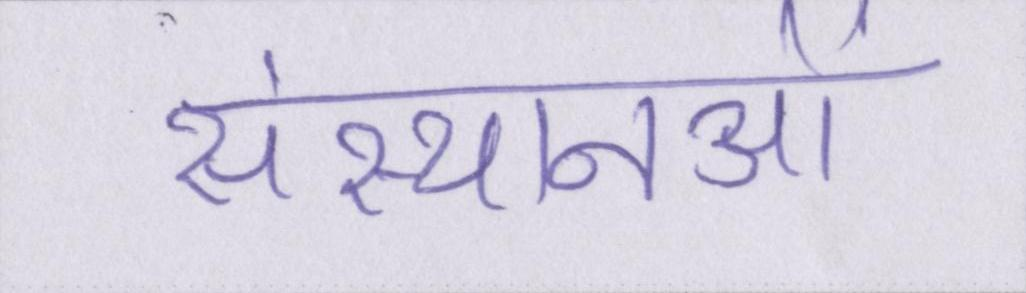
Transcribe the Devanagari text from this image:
संस्थानओं